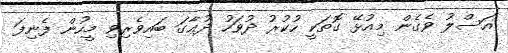
އަސްލު ވެގެން މިއުޅޭ ގޮތަކީ ހުކުރު ދުވަހު ދުޢާގަ ބައިވެރިވި މީހުން ފެނިފަ